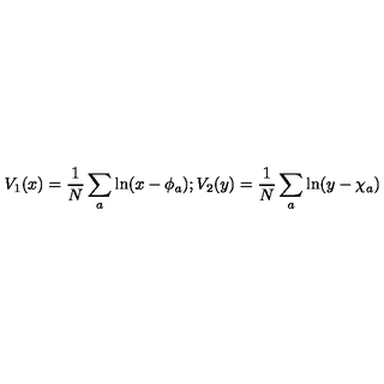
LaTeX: V _ { 1 } ( x ) = \frac { 1 } { N } \sum _ { a } \ln ( x - \phi _ { a } ) ; V _ { 2 } ( y ) = \frac { 1 } { N } \sum _ { a } \ln ( y - \chi _ { a } )